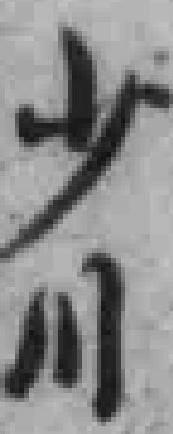
少川